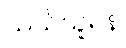
သယ်ယူရန်